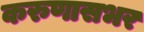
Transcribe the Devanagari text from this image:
करुणासभर